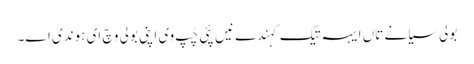
بولی سیانے تاں ایہہ تیک کہندے نیں پئی چُپ وی اپنی بولی وچ ای ہوندی اے۔